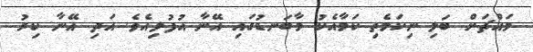
މައްޗަށް ބަލި ނިކަމެތި ކަމާއެކު މާބަނޑުގައި އޭނާ އުފުލިއެވެ. އަދި އޭނާ ކިރު